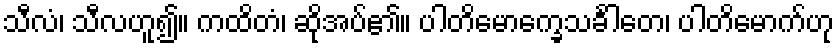
သီလံ၊ သီလဟူ၍။ ကထိတံ၊ ဆိုအပ်၏။ ပါတိမောက္ခေသင်္ခါတေ၊ ပါတိမောက်ဟု